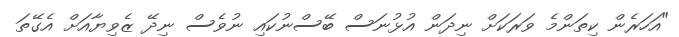
"އަހަރެން ކިތަންމެ ވަރަކަށް ނިދަން އުޅުނަސް ބޭސްނުކައި ނުވެސް ނިދޭ ޒެވިޔާއަށް އެގޭތަ